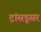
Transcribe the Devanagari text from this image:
ट्रांसडूसर